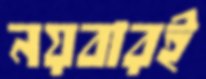
নয়বারই